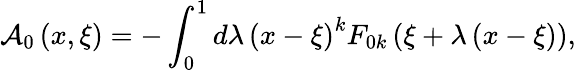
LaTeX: {\cal A}_{0}\left({x,\xi}\right)=-\int_{0}^{1}{d\lambda\left({x-\xi}\right)}^{k}F_{0k}\left({\xi+\lambda\left({x-\xi}\right)}\right),